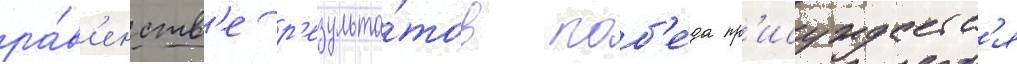
ра́в'енств'е р'езульта́тов поб'е́да пр'исуждаетс'я